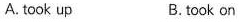
A.took up B.took on